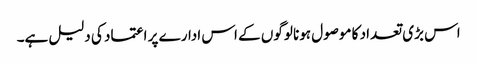
اس بڑی تعداد کا موصول ہونا لوگوں کے اس ادارے پر اعتماد کی دلیل ہے۔